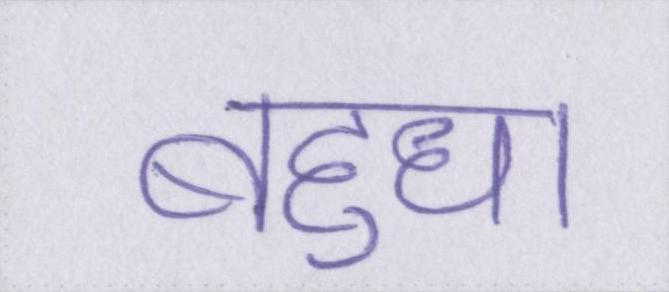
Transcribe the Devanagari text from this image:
बहुधा